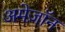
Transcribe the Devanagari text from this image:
अमेज़ॉन